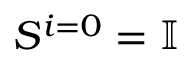
S ^ { i = 0 } = \mathbb { I }